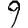
Digit: 9